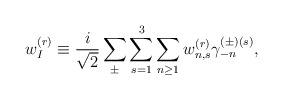
LaTeX: \begin{align*}w_I^{(r)}\equiv\frac{i}{\sqrt{2}}\sum_\pm\sum_{s=1}^3\sum_{n\ge 1}w_{n,s}^{(r)}\gamma_{-n}^{(\pm)(s)} ,\end{align*}